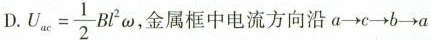
D.$$U_{ac}= \frac{1}{2}Bl^{2}\omega$$，金属框中电流方向沿a\rightarrow c\rightarrow b\rightarrow a